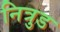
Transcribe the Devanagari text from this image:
नित्रुड